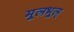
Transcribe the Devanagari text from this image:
मूलभूल्